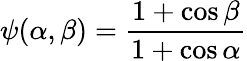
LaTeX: \displaystyle{\psi(\alpha,\beta)=\frac{1+\cos\beta}{1+\cos\alpha}}